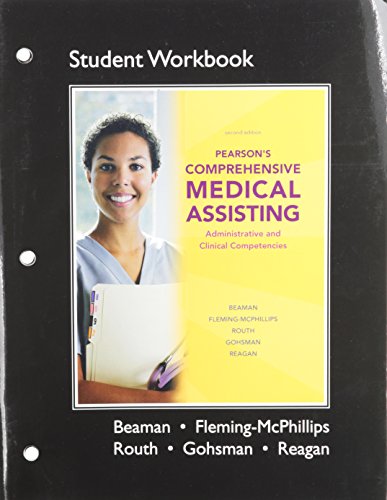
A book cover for Workbook for Pearson's Comprehensive Medical Assisting; Kristiana D. Routh; Medical Books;